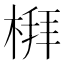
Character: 𪲻